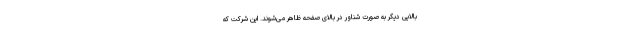
بالایی دیگر به صورت شناور در بالای صفحه ظاهر می‌شوند. این شرکت که